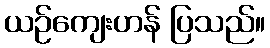
ယဉ်ကျေးဟန် ပြသည်။